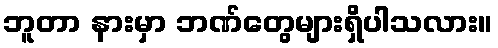
ဘူတာ နားမှာ ဘဏ်တွေများရှိပါသလား။